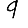
Digit: 9